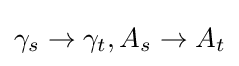
\gamma _{s}\to \gamma _{t},A_{s}\to A_{t}